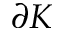
\partial K